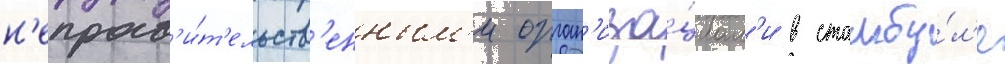
н'еправ'и́т'ельств'енным'и орган'иза́циам'и в стамбу́л'е